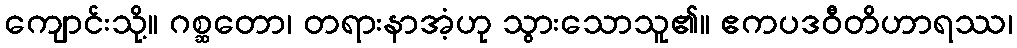
ကျောင်းသို့။ ဂစ္ဆတော၊ တရားနာအံ့ဟု သွားသောသူ၏။ ဧကပဒဝီတိဟာရဿ၊